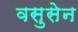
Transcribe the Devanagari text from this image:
वसुसेन